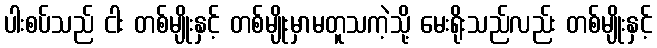
ပါးစပ်သည် ငါး တစ်မျိုးနှင့် တစ်မျိုးမှာမတူသကဲ့သို့ မေးရိုးသည်လည်း တစ်မျိုးနှင့်